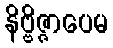
နိဗ္ဗိဇ္ဇာပေမ